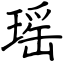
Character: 瑶